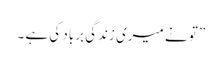
” تو نے میری زندگی برباد کی ہے ۔